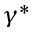
\gamma ^ { * }